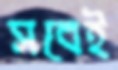
সবেই